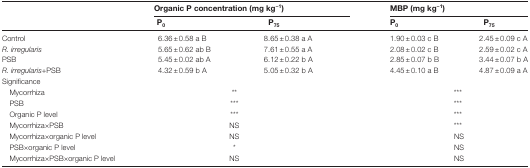
<table><thead><tr><td rowspan="2"></td><td colspan="3"><b>Organic P concentration (mg kg<sup>−1</sup>)</b></td><td colspan="2"><b>MBP (mg kg<sup>−1</sup>)</b></td></tr><tr><td colspan="2"><b>P<sub>0</sub></b></td><td><b>P<sub>75</sub></b></td><td><b>P<sub>0</sub></b></td><td><b>P<sub>75</sub></b></td></tr></thead><tbody><tr><td>Control</td><td colspan="2">6.36±0.58 a B</td><td>8.65±0.38 a A</td><td>1.90±0.03 c B</td><td>2.45±0.09 c A</td></tr><tr><td><i>R. irregularis</i></td><td colspan="2">5.65±0.62 ab B</td><td>7.61±0.55 a A</td><td>2.08±0.02 c B</td><td>2.59±0.02 c A</td></tr><tr><td>PSB</td><td colspan="2">5.45±0.02 ab A</td><td>6.12±0.22 b A</td><td>2.85±0.07 b B</td><td>3.44±0.07 b A</td></tr><tr><td><i>R. irregularis</i>+PSB</td><td colspan="2">4.32±0.59 b A</td><td>5.05±0.32 b A</td><td>4.45±0.10 a B</td><td>4.87±0.09 a A</td></tr><tr><td colspan="6">Significance</td></tr><tr><td colspan="2"> Mycorrhiza</td><td colspan="2">**</td><td colspan="2">***</td></tr><tr><td colspan="2"> PSB</td><td colspan="2">***</td><td colspan="2">***</td></tr><tr><td colspan="2"> Organic P level</td><td colspan="2">***</td><td colspan="2">***</td></tr><tr><td colspan="2"> Mycorrhiza×PSB</td><td colspan="2">NS</td><td colspan="2">***</td></tr><tr><td colspan="2"> Mycorrhiza×organic P level</td><td colspan="2">NS</td><td colspan="2">NS</td></tr><tr><td colspan="2"> PSB×organic P level</td><td colspan="2">*</td><td colspan="2">NS</td></tr><tr><td colspan="2"> Mycorrhiza×PSB×organic P level</td><td colspan="2">NS</td><td colspan="2">NS</td></tr></tbody></table>